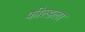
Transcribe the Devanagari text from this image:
फील्डला